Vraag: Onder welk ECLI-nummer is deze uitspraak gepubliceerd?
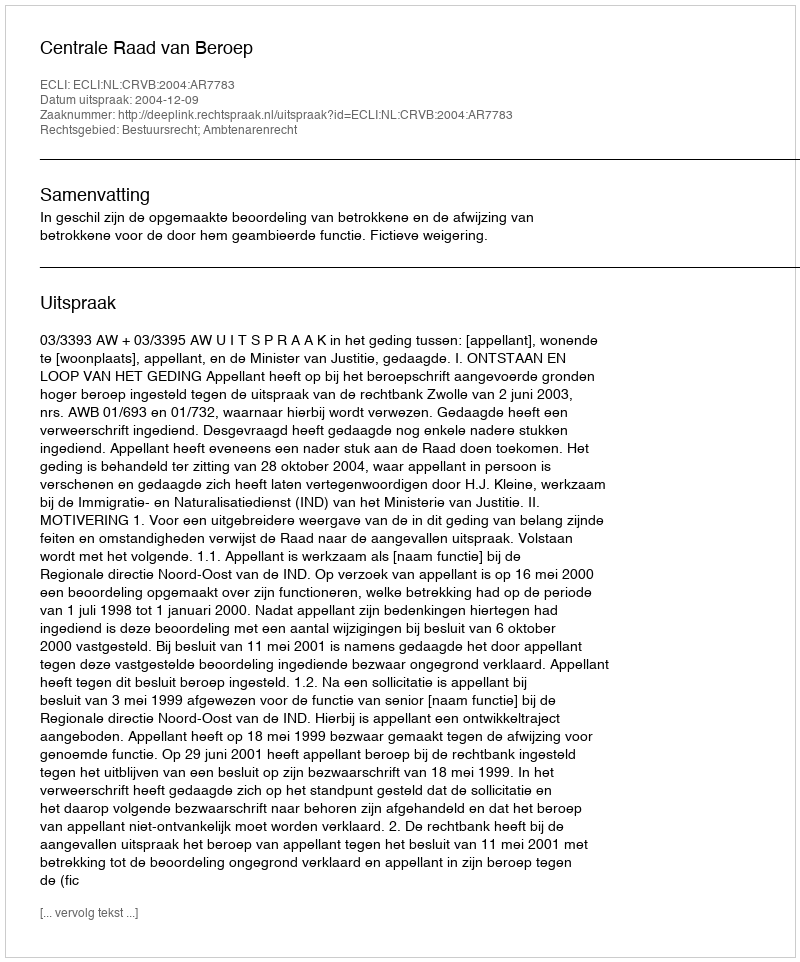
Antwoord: ECLI:NL:CRVB:2004:AR7783